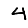
Digit: 4